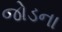
જોડના